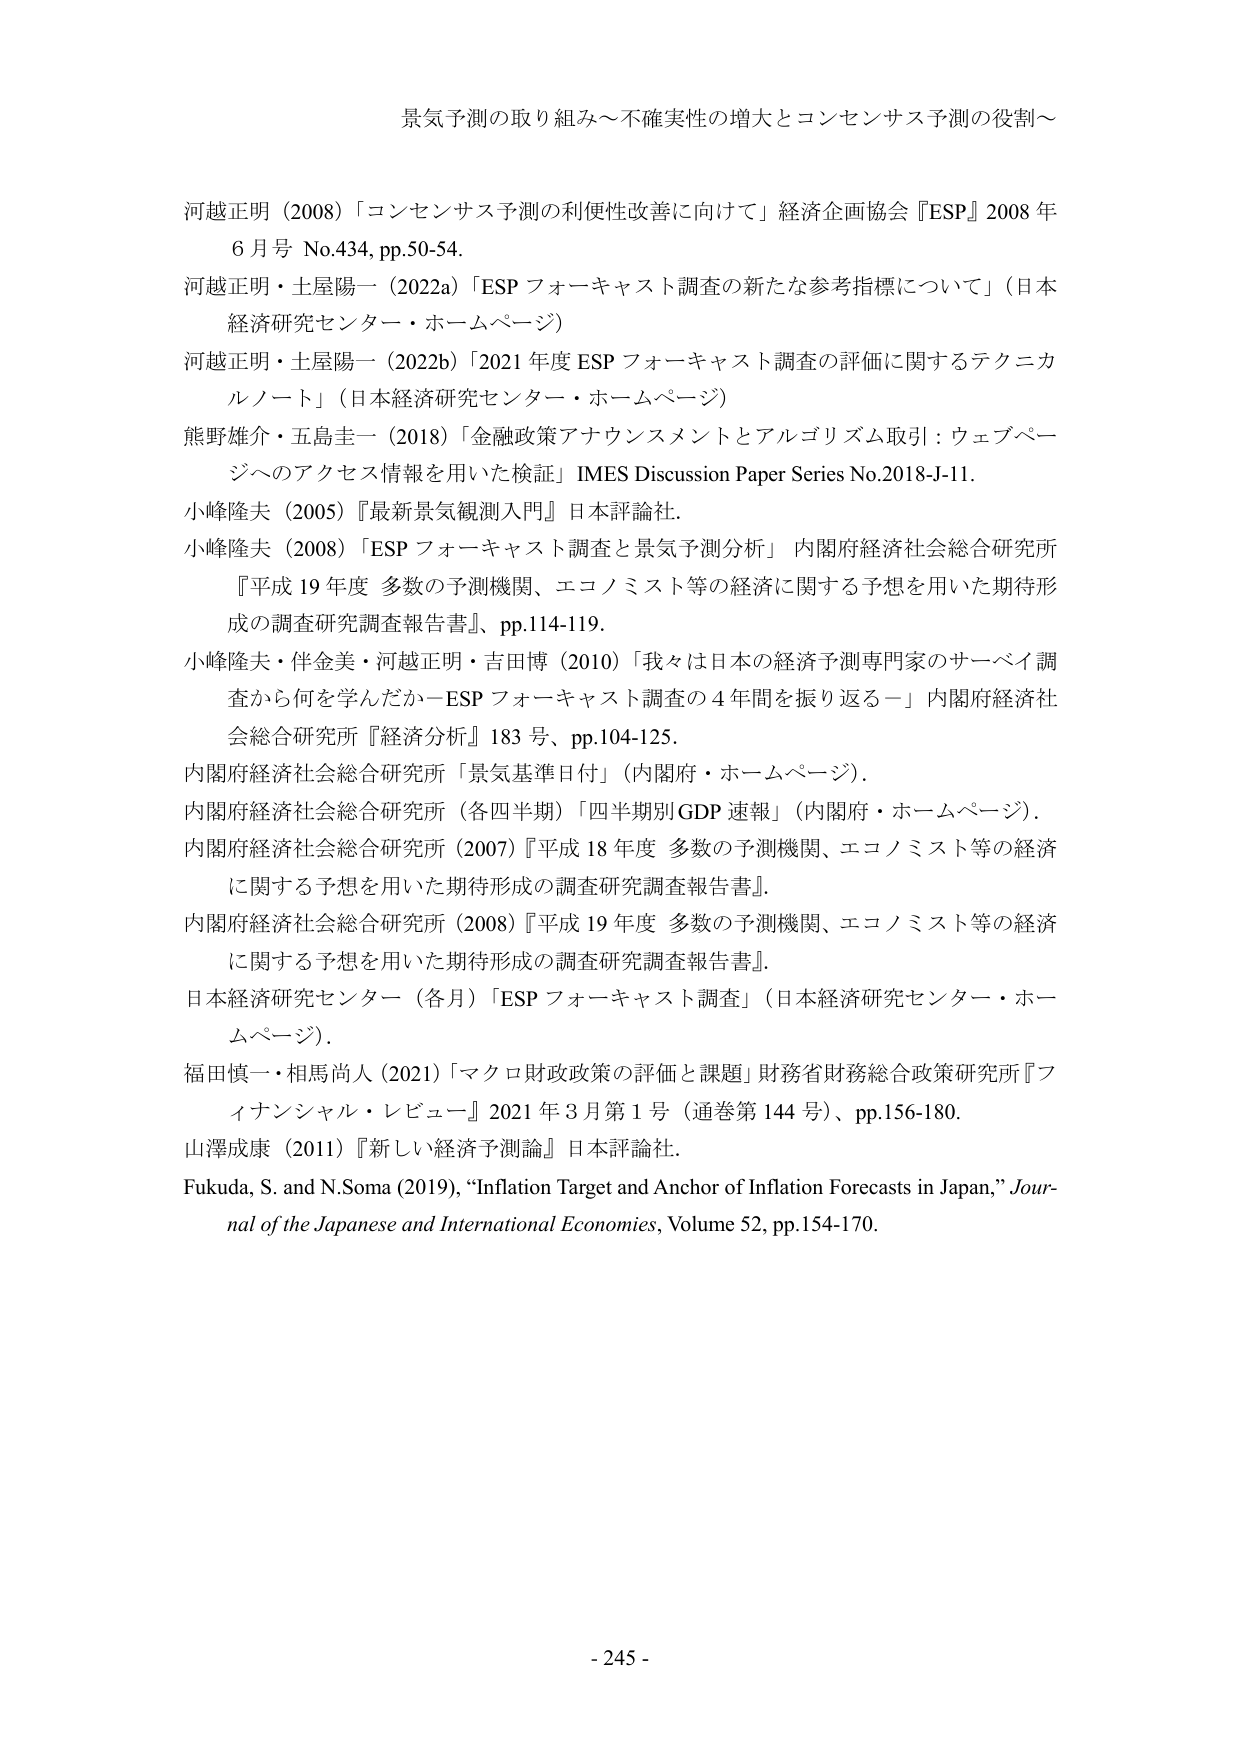
景気予測の取り組み～不確実性の増大とコンセンサス予測の役割～

河越正明（2008）「コンセンサス予測の利便性改善に向けて」経済企画協会『ESP』2008年6月号 No.434, pp.50-54.

河越正明・土屋陽一（2022a）「ESP フォーキャスト調査の新たな参考指標について」（日本経済研究センター・ホームページ）

河越正明・土屋陽一（2022b）「2021年度 ESP フォーキャスト調査の評価に関するテクニカルノート」（日本経済研究センター・ホームページ）

熊野雄夫・五島圭一（2018）「金融政策アナウンスメントとアルゴリズム取引：ウェブページへのアクセス情報を用いた検証」IMES Discussion Paper Series No.2018-J-11.

小峰隆夫（2005）『最新景気観測入門』日本評論社.

小峰隆夫（2008）「ESP フォーキャスト調査と景気予測分析」内閣府経済社会総合研究所『平成19年度 多数の予測機関、エコノミスト等の経済に関する予想を用いた期待形成の調査研究調査報告書』、pp.114-119.

小峰隆夫・伴金美・河越正明・吉田博（2010）「我々は日本の経済予測専門家のサーベイ調査から何を学んだか－ESP フォーキャスト調査の4年間を振り返る－」内閣府経済社会総合研究所『経済分析』183号、pp.104-125.

内閣府経済社会総合研究所「景気基準日付」（内閣府・ホームページ）.

内閣府経済社会総合研究所（各四半期）「四半期別GDP速報」（内閣府・ホームページ）.

内閣府経済社会総合研究所（2007）『平成18年度 多数の予測機関、エコノミスト等の経済に関する予想を用いた期待形成の調査研究調査報告書』.

内閣府経済社会総合研究所（2008）『平成19年度 多数の予測機関、エコノミスト等の経済に関する予想を用いた期待形成の調査研究調査報告書』.

日本経済研究センター（各月）「ESP フォーキャスト調査」（日本経済研究センター・ホームページ）.

福田慎一・相馬尚人（2021）「マクロ財政政策の評価と課題」財務省財務総合政策研究所『フィナンシャル・レビュー』2021年3月第1号（通巻第144号）、pp.156-180.

山澤成康（2011）『新しい経済予測論』日本評論社.

Fukuda, S. and N.Soma (2019), “Inflation Target and Anchor of Inflation Forecasts in Japan,” Journal of the Japanese and International Economies, Volume 52, pp.154-170.

- 245 -